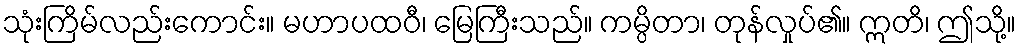
သုံးကြိမ်လည်းကောင်း။ မဟာပထဝီ၊ မြေကြီးသည်။ ကမ္ပိတာ၊ တုန်လှုပ်၏။ ဣတိ၊ ဤသို့။